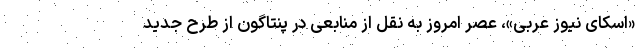
«اسکای نیوز عربی»، عصر امروز به نقل از منابعی در پنتاگون از طرح جدید